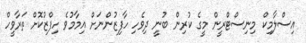
އިސްލާމިކް މިނިސްޓްރީން މީގެ ކުރިން ބުނީ ދިވެހި ހާފިޒުންނަށް އިމާމުވެ ހިފްޒުކޮށް ތަރާވީހް